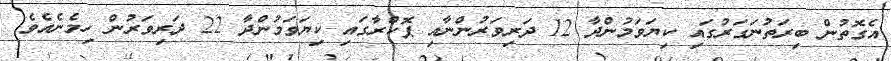
އެގޮތުން ބިރަތުނަގަރުގައި ކިޔަވަމުންދާ 12 ދަރިވަރުންނާއި ޕޮކްރާގައި ކިޔަވަމުންދާ 22 ދަރިވަރުން ހިމެނެއެވެ.